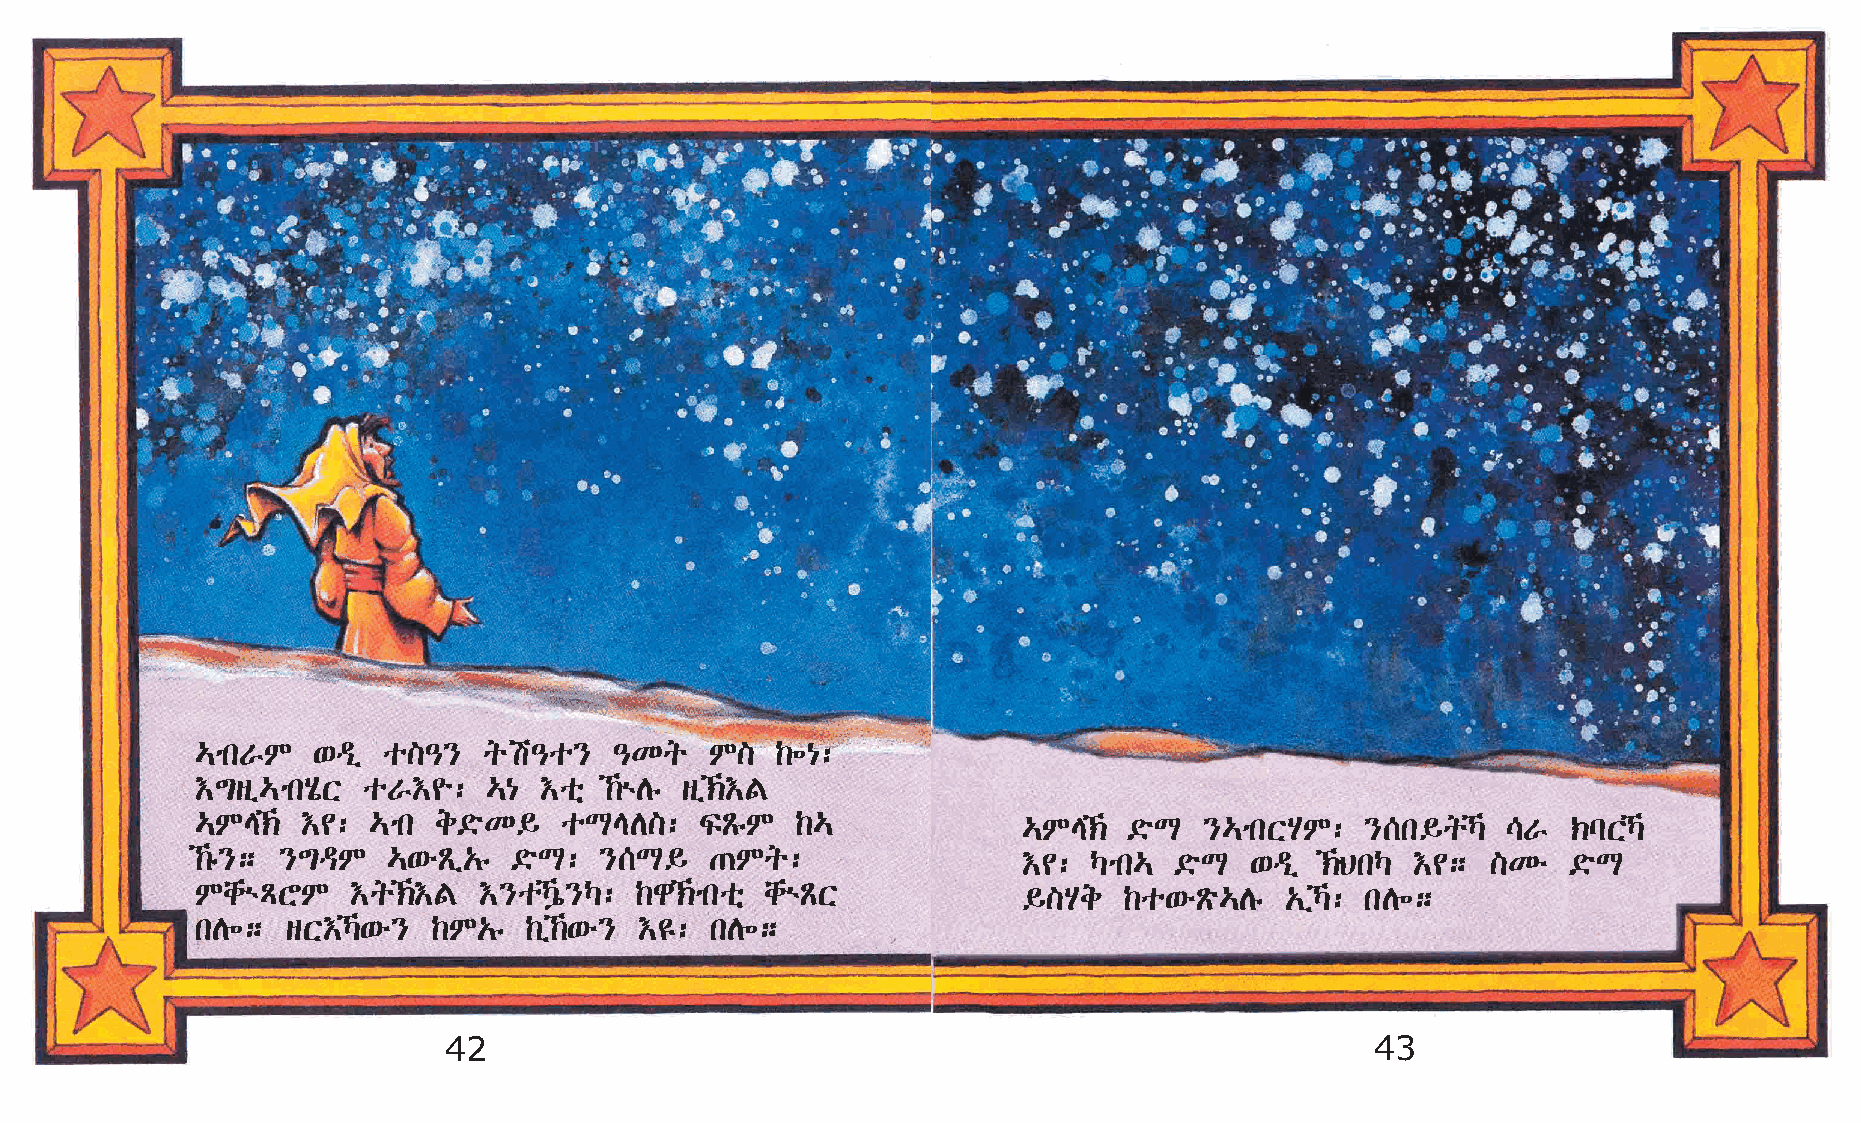
…mkVM   ‘ªï o]–}   qa–o}    –Kq   M]  ‰÷{:
 †´sï…mkAôX oV†¨:   …{  †oñ ‰ùDê sï‹†F
 …ME‹  †¢: …mk  e©öK§   oLED]:   ÏÃêM   ‰…             …ME‹  ©öL  }…mkXAM:  }[k§qŠ   \V  ‹lXŠ
 ‰ê}; }´ªM   …‘éÃï„ê ©öL:  }[L§   ·Mq:                 †¢: Šmk…  ©öL  ‘ªï ‹BkŠ  †¢;  ]Ké  ©öL
 MchùÄYM   †q‹†F   †}oŠý}Š: ‰g‹mkoñ chùÃX            §]Ae  ‰o‘éÃö…Dê  „ïŠ: kD÷;
 kD÷;  sX†Š‘é}  ‰M„ê  ‰ï‰‘é} †£: kD÷;
 42                                                            43